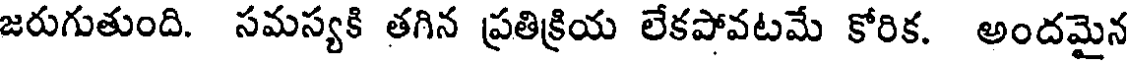
జరుగుతుంది. సమస్యకి తగిన ప్రతిక్రియ లేకపోవటమే కోరిక. అందమైన